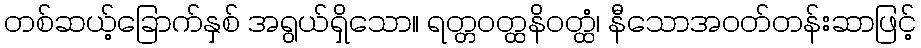
တစ်ဆယ့်ခြောက်နှစ် အရွယ်ရှိသော။ ရတ္တဝတ္ထနိဝတ္ထံ၊ နီသောအဝတ်တန်းဆာဖြင့်